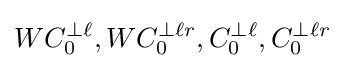
WC_{0}^{\perp \ell },WC_{0}^{\perp \ell r},C_{0}^{\perp \ell },C_{0}^{\perp \ell r}